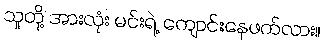
သူတို့ အားလုံး မင်းရဲ့ ကျောင်းနေဖက်လား။